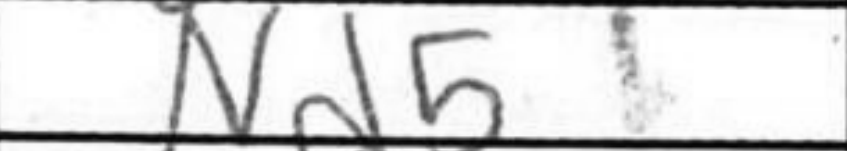
Transcription: Nd5